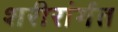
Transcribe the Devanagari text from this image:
शरीरांर्गत